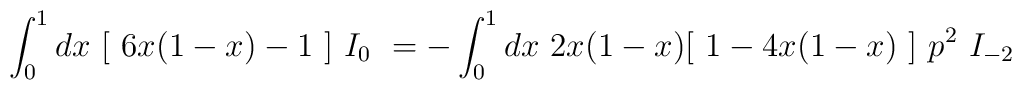
\int_{0}^{1} dx\ [\ 6x(1-x) - 1\ ]\ I_{0}\  = - \int_{0}^{1} dx\ 2x(1-x)[\ 1-4x(1-x)\ ]\ p^2\ I_{-2}